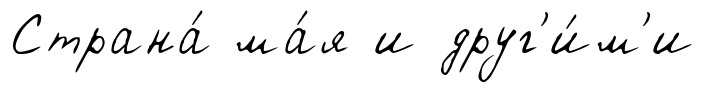
Страна́ ма́я и друг'и́м'и